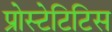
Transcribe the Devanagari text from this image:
प्रोस्टेटिटिस